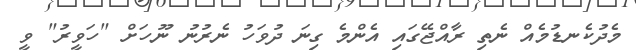
މެދުކެނޑުމެއް ނެތި ރާއްޖޭގައި އެންމެ ގިނަ ދުވަހު ނެރުނު ނޫހަށް "ހަވީރު" ވީ